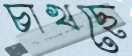
চাখছে